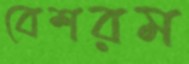
বেশরম